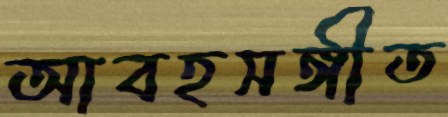
আবহসঙ্গীত